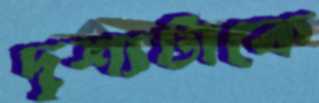
দৃশ্যটাকে